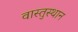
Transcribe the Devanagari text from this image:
वास्तुस्थान